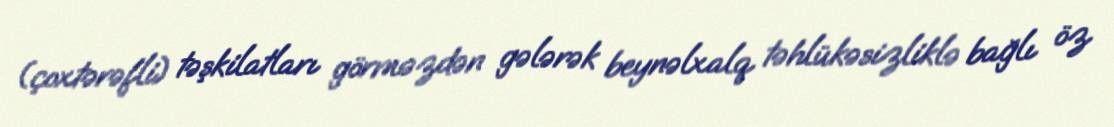
(çoxtərəfli) təşkilatları görməzdən gələrək beynəlxalq təhlükəsizliklə bağlı öz